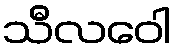
သီလဝေါ